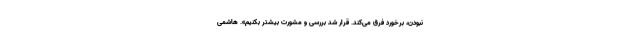
نبودن، برخورد فرق مى‌كند. قرار شد بررسى و مشورت بیشتر بكنیم». هاشمی